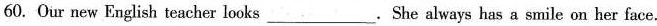
60. Our new English teacher looks___.She always has a smile on her face.